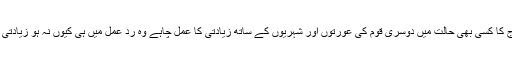
ایک اسلامی فوج کا کسی بھی حالت میں دوسری قوم کی عورتوں اور شہریوں کے ساتھ زیادتی کا عمل چاہے وہ ردِ عمل میں ہی کیوں نہ ہو زیادتی ہی کہلائے گا ۔